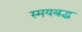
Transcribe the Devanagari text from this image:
स्मयबद्ध